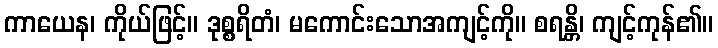
ကာယေန၊ ကိုယ်ဖြင့်။ ဒုစ္စရိတံ၊ မကောင်းသောအကျင့်ကို။ စရန္တိ၊ ကျင့်ကုန်၏။